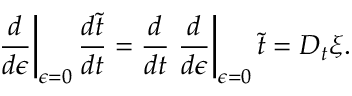
\left. \frac { d } { d \epsilon } \right| _ { \epsilon = 0 } \frac { d \tilde { t } } { d t } = \frac { d } { d t } \left. \frac { d } { d \epsilon } \right| _ { \epsilon = 0 } \tilde { t } = D _ { t } \xi .